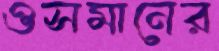
ওসমানের